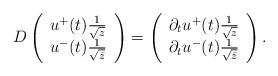
LaTeX: \begin{align*}D\left( \begin{array}{c}u^+(t)\frac{1}{\sqrt{z}}\\u^-(t)\frac{1}{\sqrt{\bar{z}}}\end{array} \right)=\left( \begin{array}{c}\partial_t u^+(t)\frac{1}{\sqrt{z}}\\\partial_t u^-(t)\frac{1}{\sqrt{\bar{z}}}\end{array} \right).\end{align*}